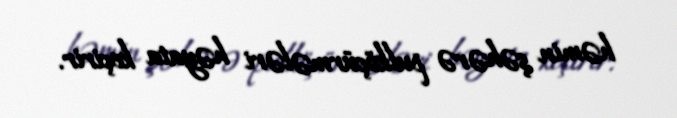
həmin şəhərə pulköçürmələri həyata keçirir.